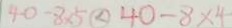
4 0 - 8 \times 5 \textcircled { < } 4 0 - 8 \times 4